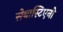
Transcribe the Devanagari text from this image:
सेबास्टिएनो